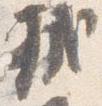
軾